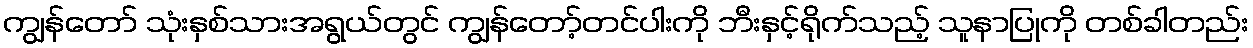
ကျွန်တော် သုံးနှစ်သားအရွယ်တွင် ကျွန်တော့်တင်ပါးကို ဘီးနှင့်ရိုက်သည့် သူနာပြုကို တစ်ခါတည်း